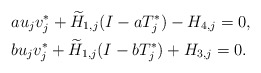
\begin{align*} &a u_j v_j^*+\widetilde H_{1,j}(I-a T_j^*)-H_{4,j}=0, \\ &bu_j v_j^*+\widetilde H_{1,j}(I-b T_j^*)+H_{3,j}=0. \end{align*}